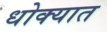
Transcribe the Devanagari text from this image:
धोक्‍यात